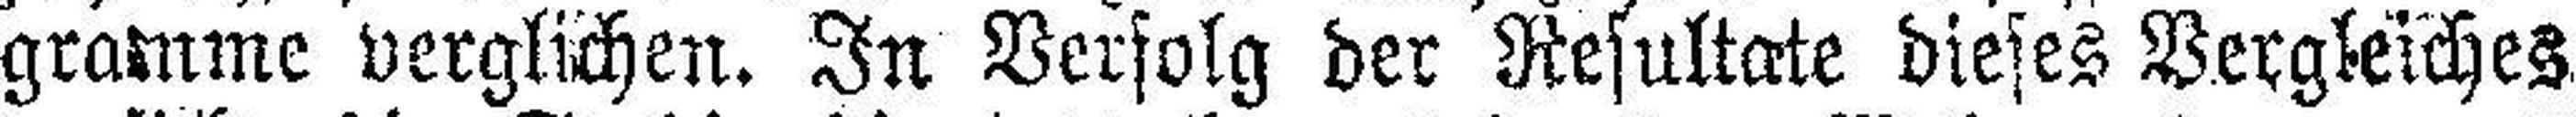
gramme verglichen. In Versolg der Resultate dieses Vergleiches